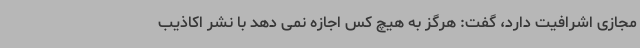
مجازی اشرافیت دارد، گفت: هرگز به هیچ کس اجازه نمی دهد با نشر اکاذیب